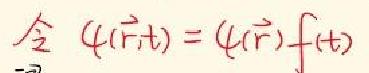
令 $\psi(\vec{r},t)=\psi(\vec{r})f(t)$